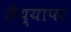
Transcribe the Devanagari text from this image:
शैय्यापर